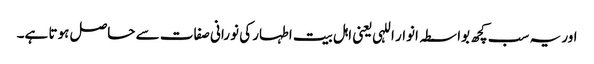
اور یہ سب کچھ بواسطہ انوار اللہی یعنی اہل بیت اطہار کی نورانی صفات سے حاصل ہوتا ہے۔